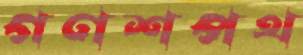
গণশপথ